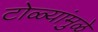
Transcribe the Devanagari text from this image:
टोळ्यांमुळे